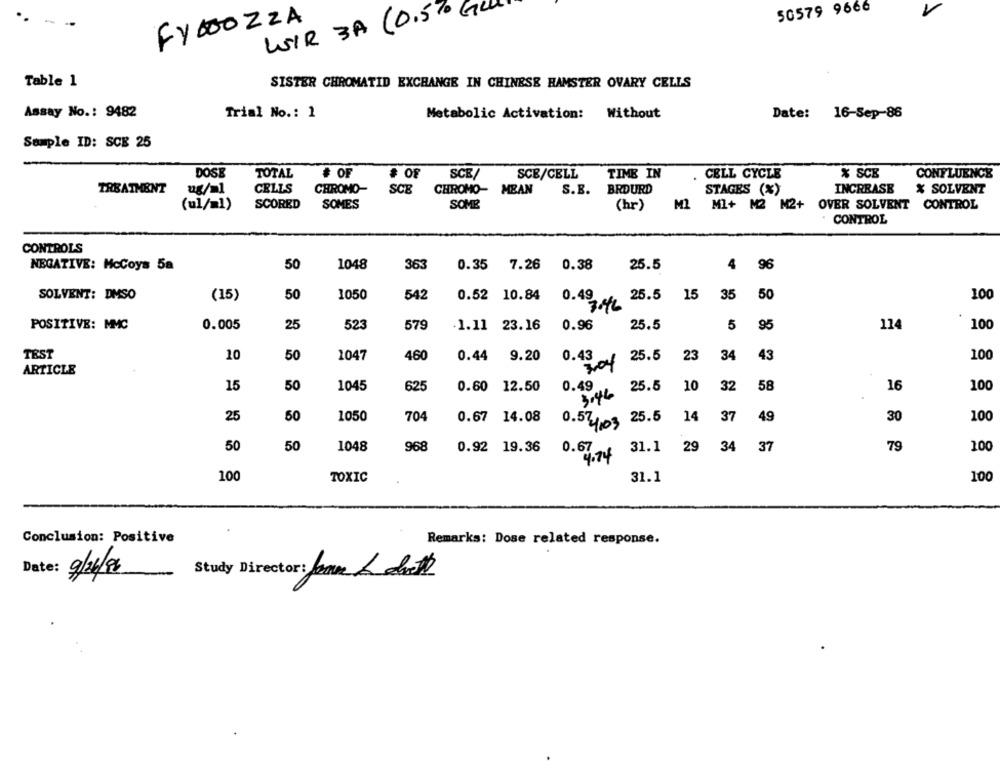
G
50579 9666
FYBOZZA
WIR 3A (0.5
Table 1
SISTER CHROMATID EXCHANGE IN CHINESE HAMSTER OVARY CELLS
Assay No .: 9482
Trial No .: 1
Metabolic Activation: Without
Date: 16-Sep-86
Sample ID: SCE 25
DOSE
TOTAL
# OF
SCE/
SCE/CELL
TIME IN
CELL CYCLE
% SCE
CONFLUENCE
TREATMENT
ug/ml
CELLS
CHROMO-
SCE
CHROMO- MEAN
S.B.
BRDURD
STAGES (%)
INCREASE
% SOLVENT
(ul/=1)
SCORED
SOMES
SOME
(hr)
M2
Ml+ M2 M2+ OVER SOLVENT CONTROL
CONTROL
CONTROLS
NEGATIVE: McCoys 5a
50
1048
363
0.35
7.26
0.38
25.5
4 96
SOLVENT: DMSO
(15)
50
1050
542
0.52 10.84
0.49
25.5
15
35 50
100
POSITIVE: MMC
0.005
25
523
579
1.11 23.16
0.96
25.5
5
95
114
100
50
0.43
100
TEST
10
1047
460
0.44
9.20
304
25.5
23
34
43
ARTICLE
15
50
0.49
10
32
100
1045
625
0.60 12.50
3044
25.5
58
16
50
1050
14
37
25
704
0.67
14.08
0.54.03
25.5
49
30
100
50
50
1048
968
79
100
0.92 19.36
0.67
31.1
29
34 37
4.74
100
100
TOXIC
31.1
Conclusion: Positive
Remarks: Dose related response.
Date: 9/26/96
Study Director: Janm & cooth